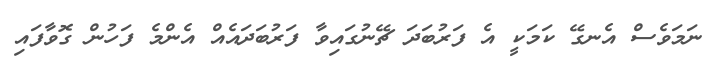
ނަމަވެސް އެނގޭ ކަމަކީ އެ ފަރުބަދަ ޗޭނުގައިވާ ފަރުބަދައެއް އެންމެ ފަހުން ގޮވާފައި